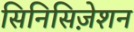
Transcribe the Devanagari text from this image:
सिनिसिज़ेशन